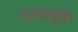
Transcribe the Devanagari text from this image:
तसब्बुफ